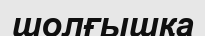
шолғышқа